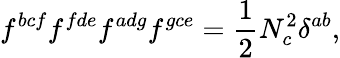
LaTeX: f^{bcf}f^{fde}f^{adg}f^{gce}=\frac{1}{2}N_{c}^{2}\delta^{ab},